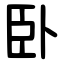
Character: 卧